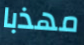
مهذبا